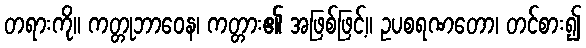
တရားကို။ ကတ္တုဘာဝေန၊ ကတ္တား၏ အဖြစ်ဖြင့်။ ဥပစရဏတော၊ တင်စား၍